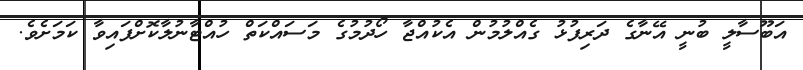
އަބޫސާލީ ބުނީ އޭނާގެ ދަރިފުޅު ގެއްލުމުން އެކުއްޖާ ހޯދުމުގެ މަސައްކަތް ހުއްޓާނުލާކޮށްފައިވާ ކަމަށެވެ.